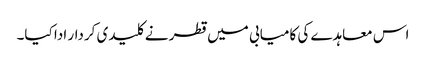
اس معاہدے کی کامیابی میں قطر نے کلیدی کردار ادا کیا۔